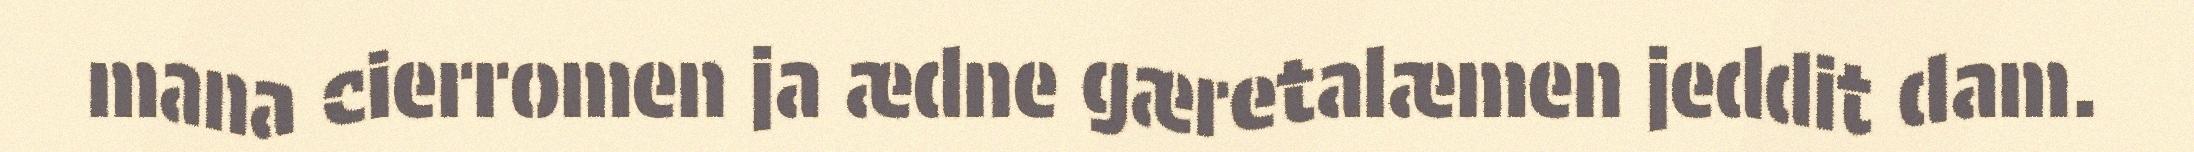
mana cierromen ja ædne gæretalæmen jeddit dam.